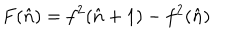
F ( \hat { n } ) = f ^ { 2 } ( \hat { n } + 1 ) - f ^ { 2 } ( \hat { n } )